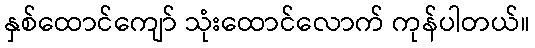
နှစ်ထောင်ကျော် သုံးထောင်လောက် ကုန်ပါတယ်။